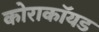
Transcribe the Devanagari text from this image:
कोराकॉयड